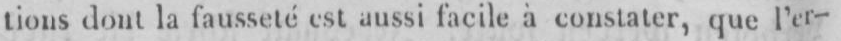
tions dont la fausseté est aussi facile à constater, que l’er-